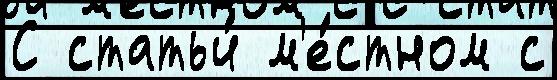
С статьи́ м'е́стном с